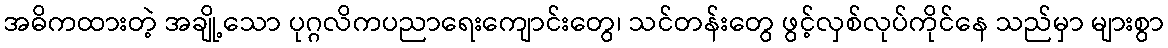
အဓိကထားတဲ့ အချို့သော ပုဂ္ဂလိကပညာရေးကျောင်းတွေ၊ သင်တန်းတွေ ဖွင့်လှစ်လုပ်ကိုင်နေ သည်မှာ များစွာ